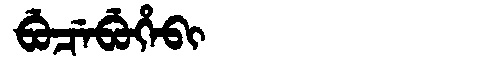
Manchu: ᠪᡠᠴᡝᠪᡠᡥᡝᠪᡳ
Romanization: BUCEBUHEBI